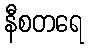
နီစတရေ